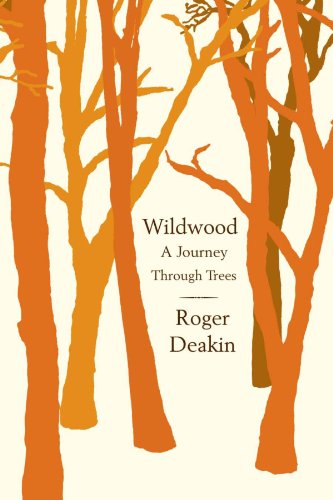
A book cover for Wildwood: A Journey Through Trees; Roger Deakin; Science & Math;